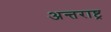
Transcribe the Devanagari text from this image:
अन्तराष्ट्र